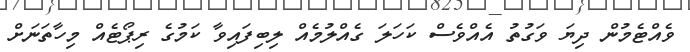
ވެއްޓެމުން ދިޔަ ވަގުތު އެއްވެސް ކަހަލަ ގެއްލުމެއް ލިބިފައިވާ ކަމުގެ ރިޕޯޓެއް މިހާތަނަށް